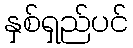
နှစ်ရှည်ပင်